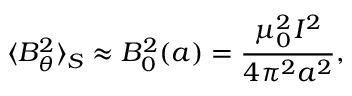
\langle B _ { \theta } ^ { 2 } \rangle _ { S } \approx B _ { 0 } ^ { 2 } ( a ) = \frac { { \mu _ { 0 } ^ { 2 } } _ { } I ^ { 2 } } { 4 \pi ^ { 2 } a ^ { 2 } } ,